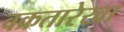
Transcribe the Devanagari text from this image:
वक्रतारेखा